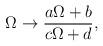
LaTeX: \begin{align*}{\Omega \to {a\Omega + b \over c\Omega + d},}\end{align*}